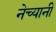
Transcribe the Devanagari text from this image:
नेच्यानी